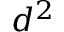
d ^ { 2 }